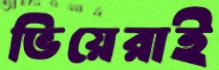
ভিয়েরাই